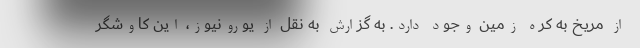
از مریخ به کره زمین وجود دارد. به گزارش به نقل از یورونیوز، این کاوشگر